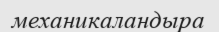
механикаландыра